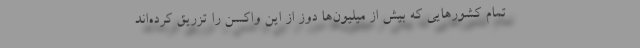
تمام کشورهایی که بیش از میلیون‌ها دوز از این واکسن را تزریق کرده‌اند